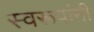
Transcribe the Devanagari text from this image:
स्वरूपांनी